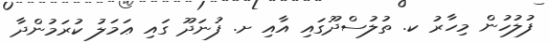
ފުލުހުން މިހާރު ކ. ތުލުސްދޫގައި އާއި ށ. ފުނަދޫ ގައި ޢަމަލު ކުރަމުންދާ